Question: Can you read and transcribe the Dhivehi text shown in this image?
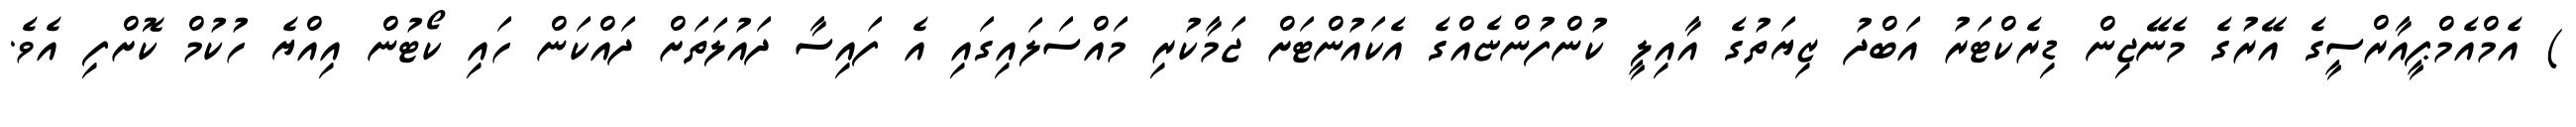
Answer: ) އެމްއެމްޕީއާރްސީގެ އޭރުގެ މެނޭޖިން ޑިރެކްޓަރު އަބްދު ޒިޔަތުގެ އާއިލީ ކުންފުންޏެއްގެ އެކައުންޓަށް ޖަމާކުރި މައްސަލައިގައި އެ ފައިސާ ދައުލަތަށް ދައްކަން ހައި ކޯޓުން އިއްޔެ ހުކުމް ކޮށްފި އެވެ.